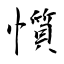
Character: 懫